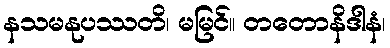
နသမနုပဿတိ၊ မမြင်။ တတောနိဒါနံ၊